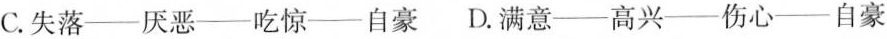
C.失落---厌恶---吃惊---自豪 D.满意---高兴---伤心---自豪